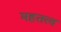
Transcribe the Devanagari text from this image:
महतत्त्व